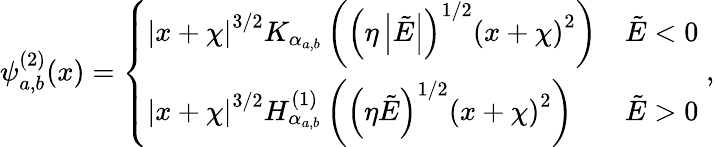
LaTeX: \psi_{a,b}^{(2)}(x)=\left\{ \begin{array}{ll}{{|x+\chi|}^{3/2}K_{\alpha_{a,b}}\left({\left(\eta\left|\tilde{E}\right|\right)}^{1/2}{(x+\chi)}^{2}\right)}&{\tilde{E}<0}\\ {{|x+\chi|}^{3/2}H_{\alpha_{a,b}}^{(1)}\left({\left(\eta\tilde{E}\right)}^{1/2}{(x+\chi)}^{2}\right)}&{\tilde{E}>0}\end{array}\right.\; ,